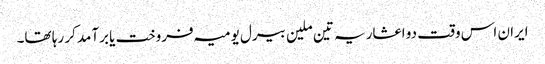
ایران اس وقت دو اعشاریہ تین ملین بیرل یومیہ فروخت یا برآمد کر رہا تھا۔